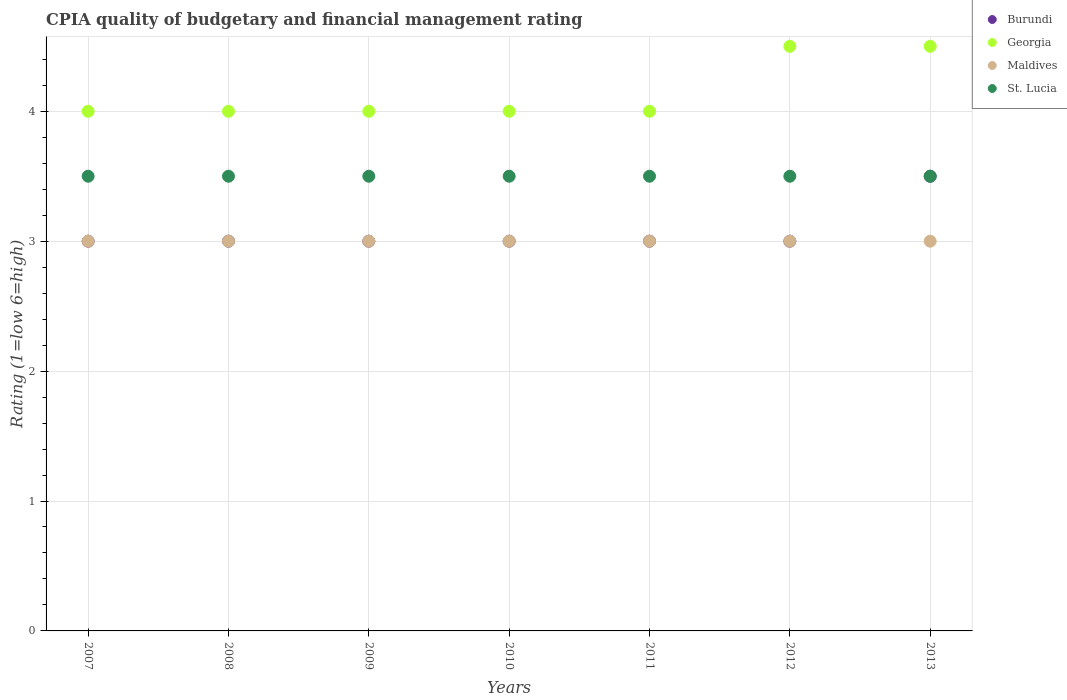
| Years | Burundi | Georgia | Maldives | St. Lucia |
 | --- | --- | --- | --- | --- |
 | 2007 | 3 | 4 | 3 | 3.5 |
 | 2008 | 3 | 4 | 3 | 3.5 |
 | 2009 | 3 | 4 | 3 | 3.5 |
 | 2010 | 3 | 4 | 3 | 3.5 |
 | 2011 | 3 | 4 | 3 | 3.5 |
 | 2012 | 3 | 4.5 | 3 | 3.5 |
 | 2013 | 3.5 | 4.5 | 3 | 3.5 |